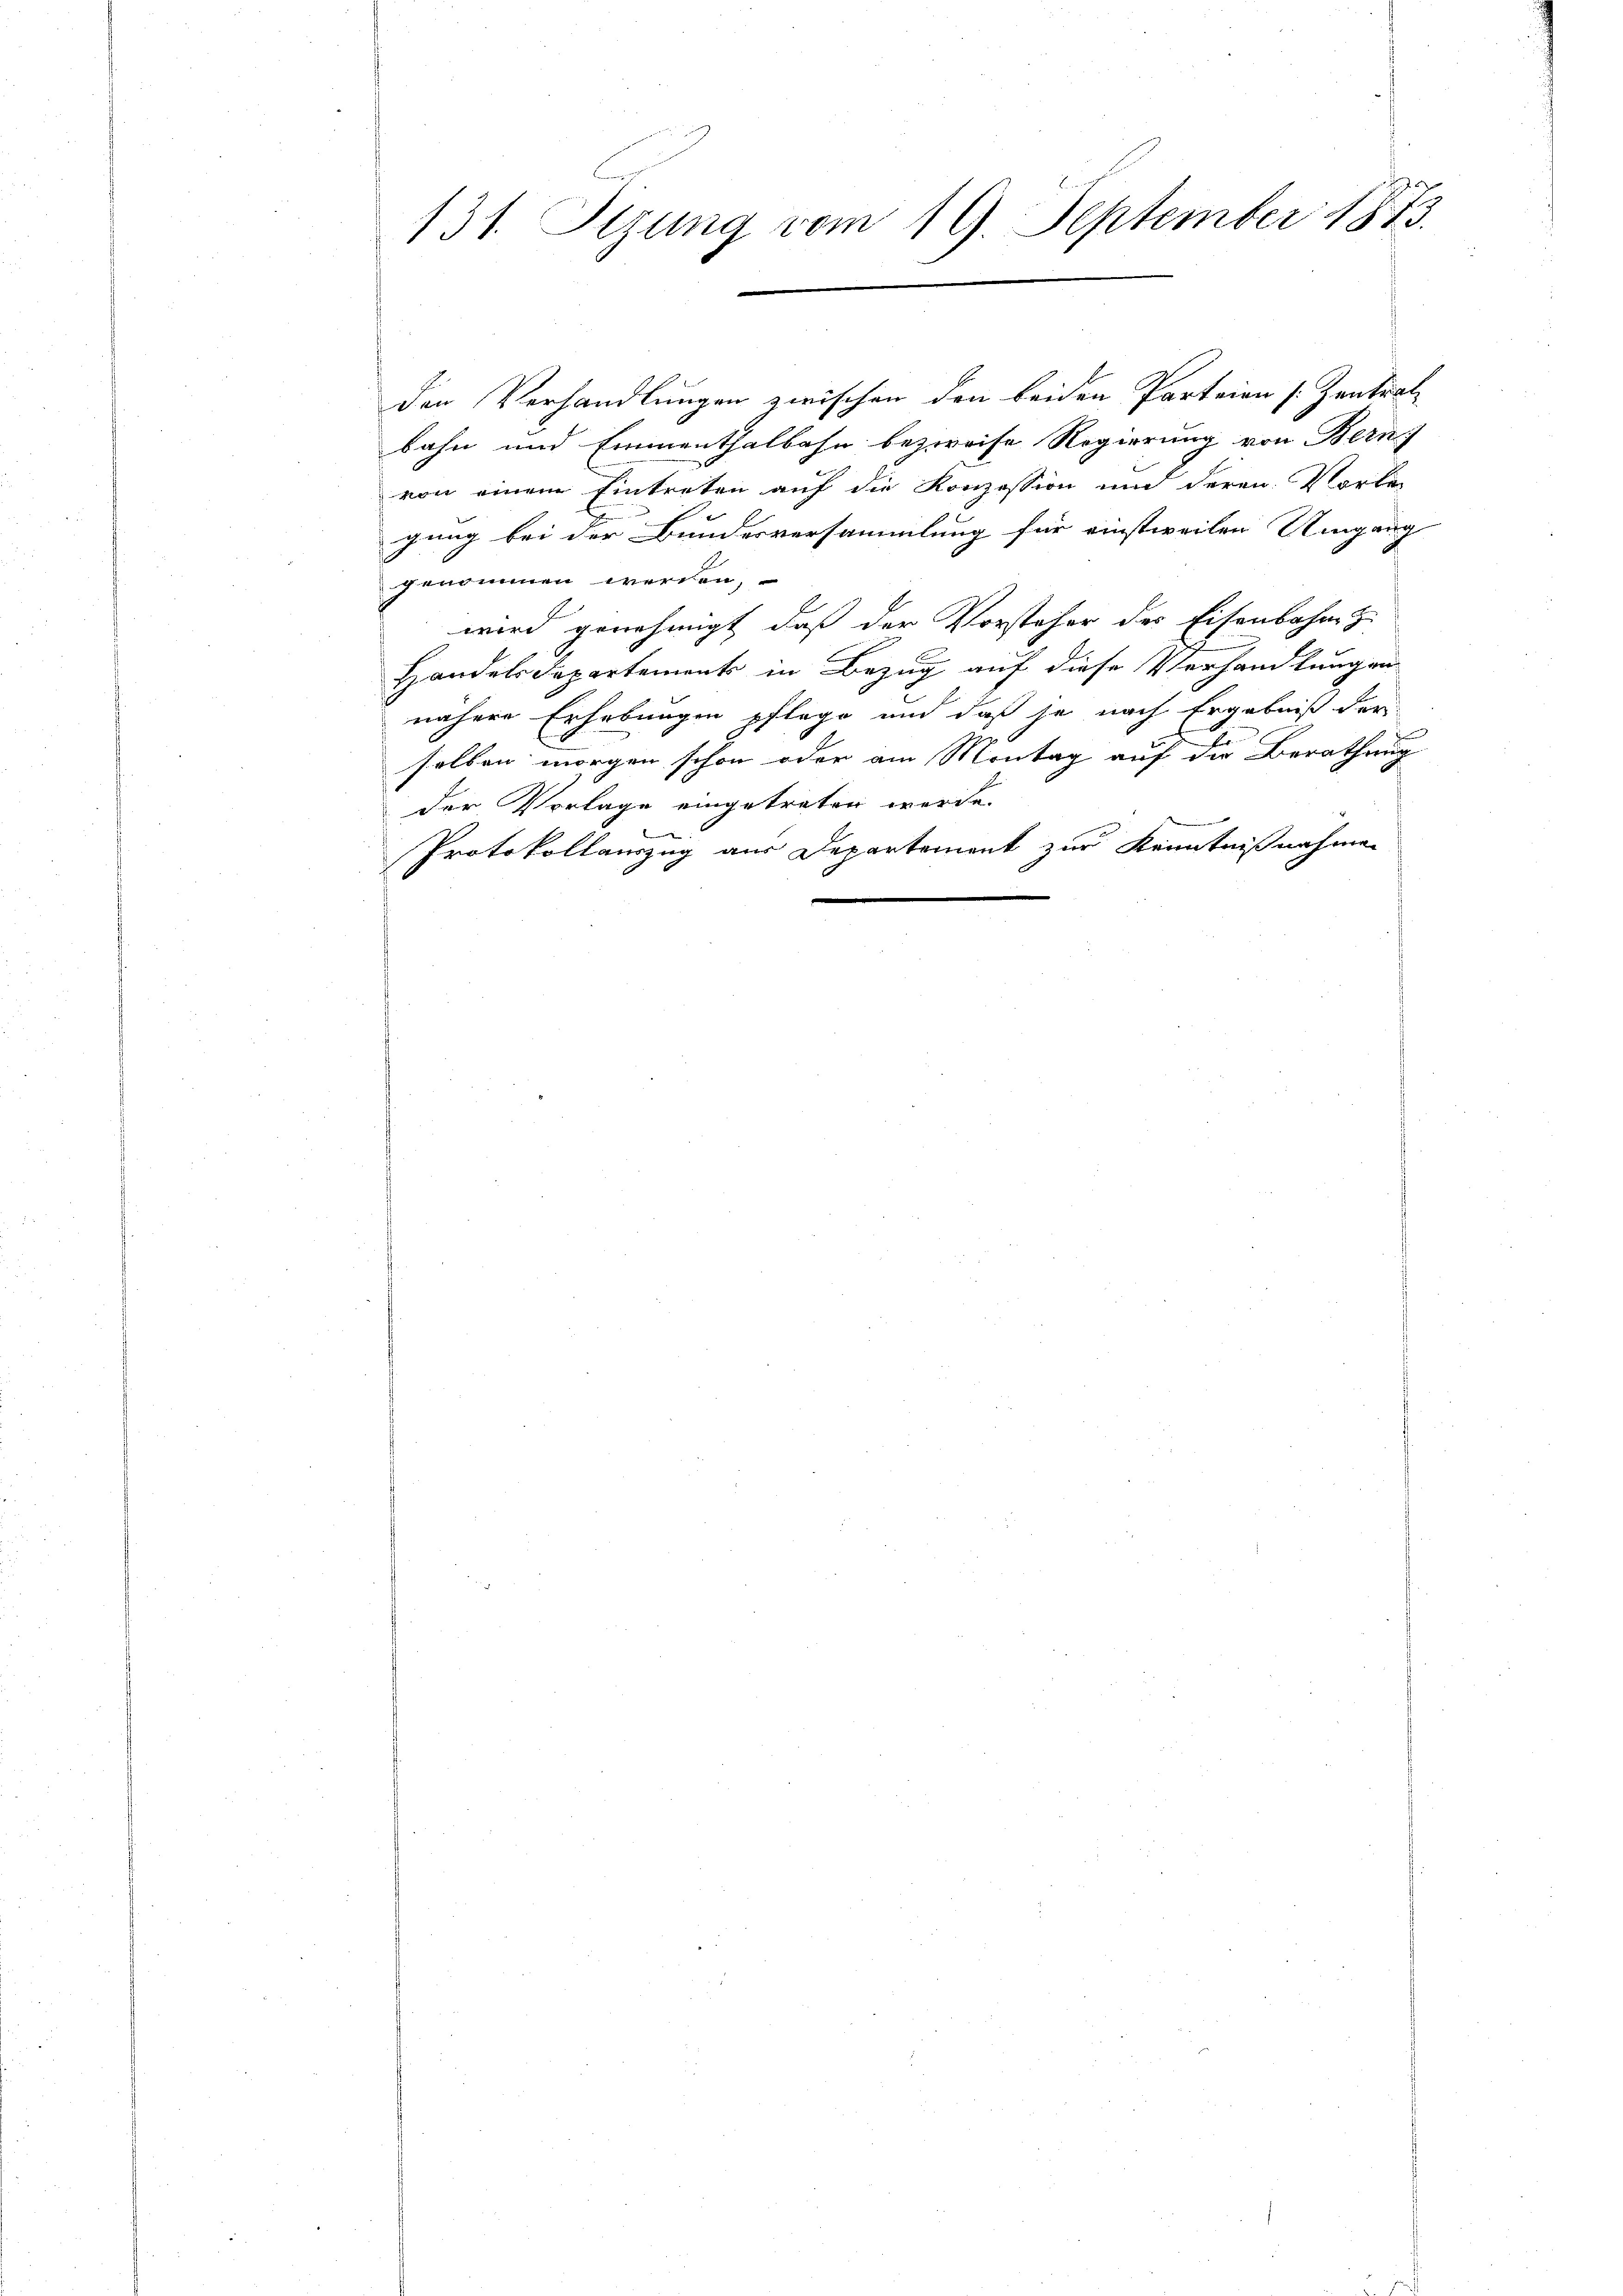
131. Sezung vom 19. September 1873.

den Verhandlungen zwischen den beiden Parteien [Zentrat
bahn und Emmenthalbahn bezweife Regierung von Bern
von einem Eintreten auf die Konzession und deren Vorla
gung bei der Bundesversammlung für einstweilen Umgang
genommen werden,
wird genehmigt, daß der Vorsteher des Eisenbahne z
Handels Departement in Bezug auf diese Verhandlungen
nähere Erhebungen pflege und daß je nach Ergebniß der
selben morgen schon oder am Montag auf die Berathung
der Vorlage eingetreten werde.
Protokollauszug aus Departement zur Kenntnißnahmen
d